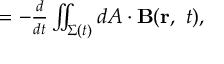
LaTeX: \textstyle = - { \frac { d } { d t } } \iint _ { \Sigma ( t ) } d { \boldsymbol { A } } \cdot \mathbf { B } ( \mathbf { r } , \ t ) ,